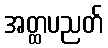
အတ္ထပညတ်